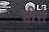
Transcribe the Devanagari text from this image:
शीसे